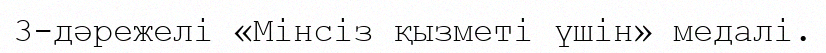
3-дәрежелі «Мінсіз қызметі үшін» медалі.